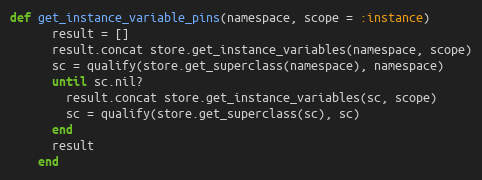
Language: Ruby
def get_instance_variable_pins(namespace, scope = :instance)
      result = []
      result.concat store.get_instance_variables(namespace, scope)
      sc = qualify(store.get_superclass(namespace), namespace)
      until sc.nil?
        result.concat store.get_instance_variables(sc, scope)
        sc = qualify(store.get_superclass(sc), sc)
      end
      result
    end